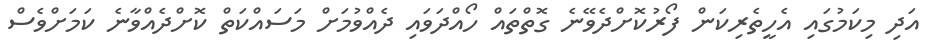
އަދި މިކަމުގައި އެހީތެރިކަން ފޯރުކޮށްދެވޭނެ ގޮތްތައް ހޯއްދަވައި ދެއްވުމަށް މަަސައްކަތް ކޮށްދެއްވާނެ ކަމަށްވެސް